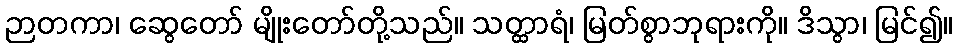
ဉာတကာ၊ ဆွေတော် မျိုးတော်တို့သည်။ သတ္ထာရံ၊ မြတ်စွာဘုရားကို။ ဒိသွာ၊ မြင်၍။